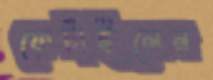
ফেটাইলেন